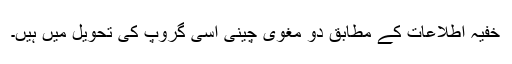
خفیہ اطلاعات کے مطابق دو مغوی چینی اسی گروپ کی تحویل میں ہیں۔